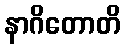
နာဂိတောတိ